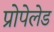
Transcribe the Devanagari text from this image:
प्रोपेलेड